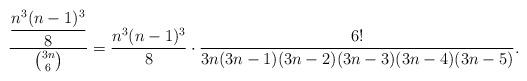
LaTeX: \begin{align*} \dfrac{\dfrac{n^{3}(n-1)^{3}}{8}}{\binom{3n}{6}} &= \dfrac{n^{3}(n-1)^{3}}{8}\cdot\dfrac{6!}{3n(3n-1)(3n-2)(3n-3)(3n-4)(3n-5)}. \end{align*}